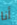
أنا